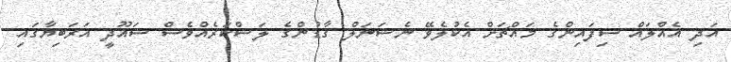
އަދި އެއްލައް ސިފައިންގެ މައްޗަށް އެކުލެވޭ ނެޝަނަލް ގާޑުންގެ ލަޝްކަރެއްވެސް ސައޫދީ އަރަބިޔާގައި